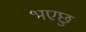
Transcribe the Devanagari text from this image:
भएछु